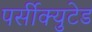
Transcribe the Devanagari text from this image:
पर्सीक्युटेड